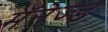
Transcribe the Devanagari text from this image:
मॅनेज्ड